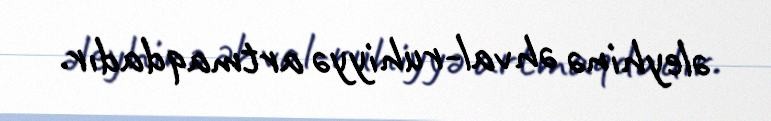
əleyhinə əhval-ruhiyyə artmaqdadır.